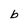
Character: b